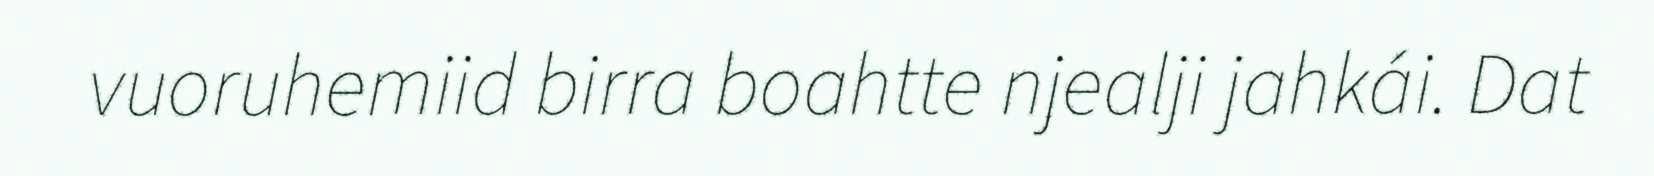
vuoruhemiid birra boahtte njealji jahkái. Dat